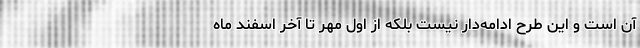
آن است و این طرح ادامه‌دار نیست بلکه از اول مهر تا آخر اسفند ماه